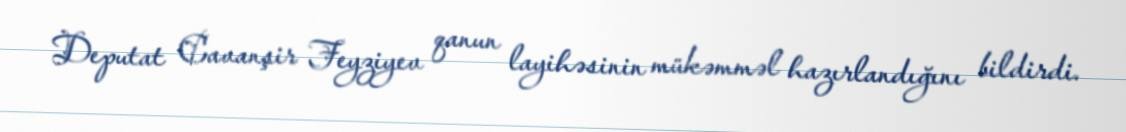
Deputat Cavanşir Feyziyev qanun layihəsinin mükəmməl hazırlandığını bildirdi.